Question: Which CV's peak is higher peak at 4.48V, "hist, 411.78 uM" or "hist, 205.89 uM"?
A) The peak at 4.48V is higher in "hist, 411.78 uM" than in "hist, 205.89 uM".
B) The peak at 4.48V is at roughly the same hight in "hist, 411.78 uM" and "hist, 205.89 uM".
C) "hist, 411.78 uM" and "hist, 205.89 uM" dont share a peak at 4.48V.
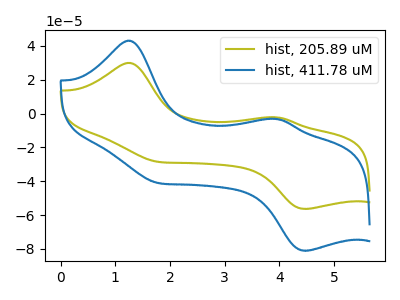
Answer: <think>The olive curve "hist, 205.89 uM" has anodic peaks at (1.25V, 30.00uA) (3.95V, -2.20uA) and cathodic peaks at (1.75V, -28.40uA) (4.50V, -56.40uA). The blue curve "hist, 411.78 uM" has anodic peaks at (1.25V, 43.10uA) (3.95V, -3.15uA) and cathodic peaks at (1.75V, -40.85uA) (4.50V, -81.10uA).</think>
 <answer>A) The peak at 4.48V is higher in "hist, 411.78 uM" than in "hist, 205.89 uM".</answer>
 <eval>A</eval>